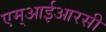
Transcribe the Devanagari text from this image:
एम्आईआरसी